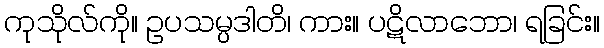
ကုသိုလ်ကို။ ဥပသမ္ပဒါတိ၊ ကား။ ပဋိလာဘော၊ ရခြင်း။